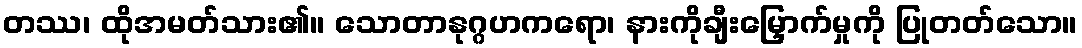
တဿ၊ ထိုအမတ်သား၏။ သောတာနုဂ္ဂဟကရော၊ နားကိုချီးမြှောက်မှုကို ပြုတတ်သော။